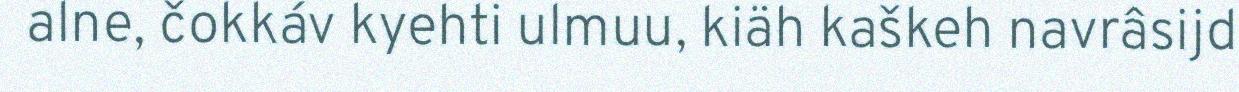
alne, čokkáv kyehti ulmuu, kiäh kaškeh navrâsijd